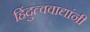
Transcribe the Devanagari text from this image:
हिंदुत्ववाद्यांनी